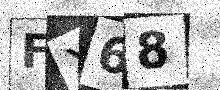
Text: FX68